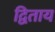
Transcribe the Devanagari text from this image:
द्विताय